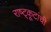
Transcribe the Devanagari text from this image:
राष्ट्कूटांची